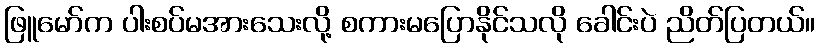
ဖြူမော်က ပါးစပ်မအားသေးလို့ စကားမပြောနိုင်သလို ခေါင်းပဲ ညိတ်ပြတယ်။